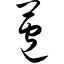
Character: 苞